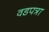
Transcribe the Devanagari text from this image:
वडपत्रा